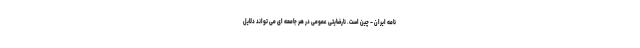
نامه ایران – چین است. نارضایتی عمومی در هر جامعه ای می تواند دلایل